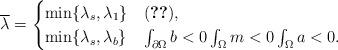
LaTeX: \begin{align*}\overline{\lambda}=\begin{cases} \min\{\lambda_s,\lambda_1\} & \eqref{n1} ,\\\min\{\lambda_s,\lambda_b\} & \int_{\partial \Omega} b<0 \int_\Omega m<0 \int_\Omega a<0. \end{cases}\end{align*}